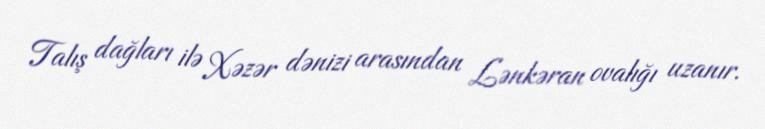
Talış dağları ilə Xəzər dənizi arasından Lənkəran ovalığı uzanır.